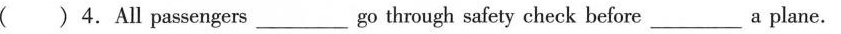
( ) 4.All passengers___go through safety check before___a plane.